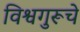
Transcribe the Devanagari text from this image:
विश्वगुरूचे